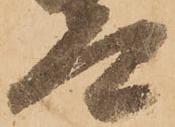
太